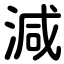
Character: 減